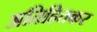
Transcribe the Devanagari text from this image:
अतिहितकर